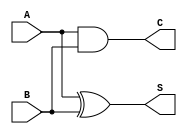
module had (A, B,  C, S);
   input A, B;
   output C, S;
   xor s (S, A, B);
   and c (C, A, B);
endmodule